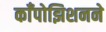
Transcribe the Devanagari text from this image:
काँपोझिशनने